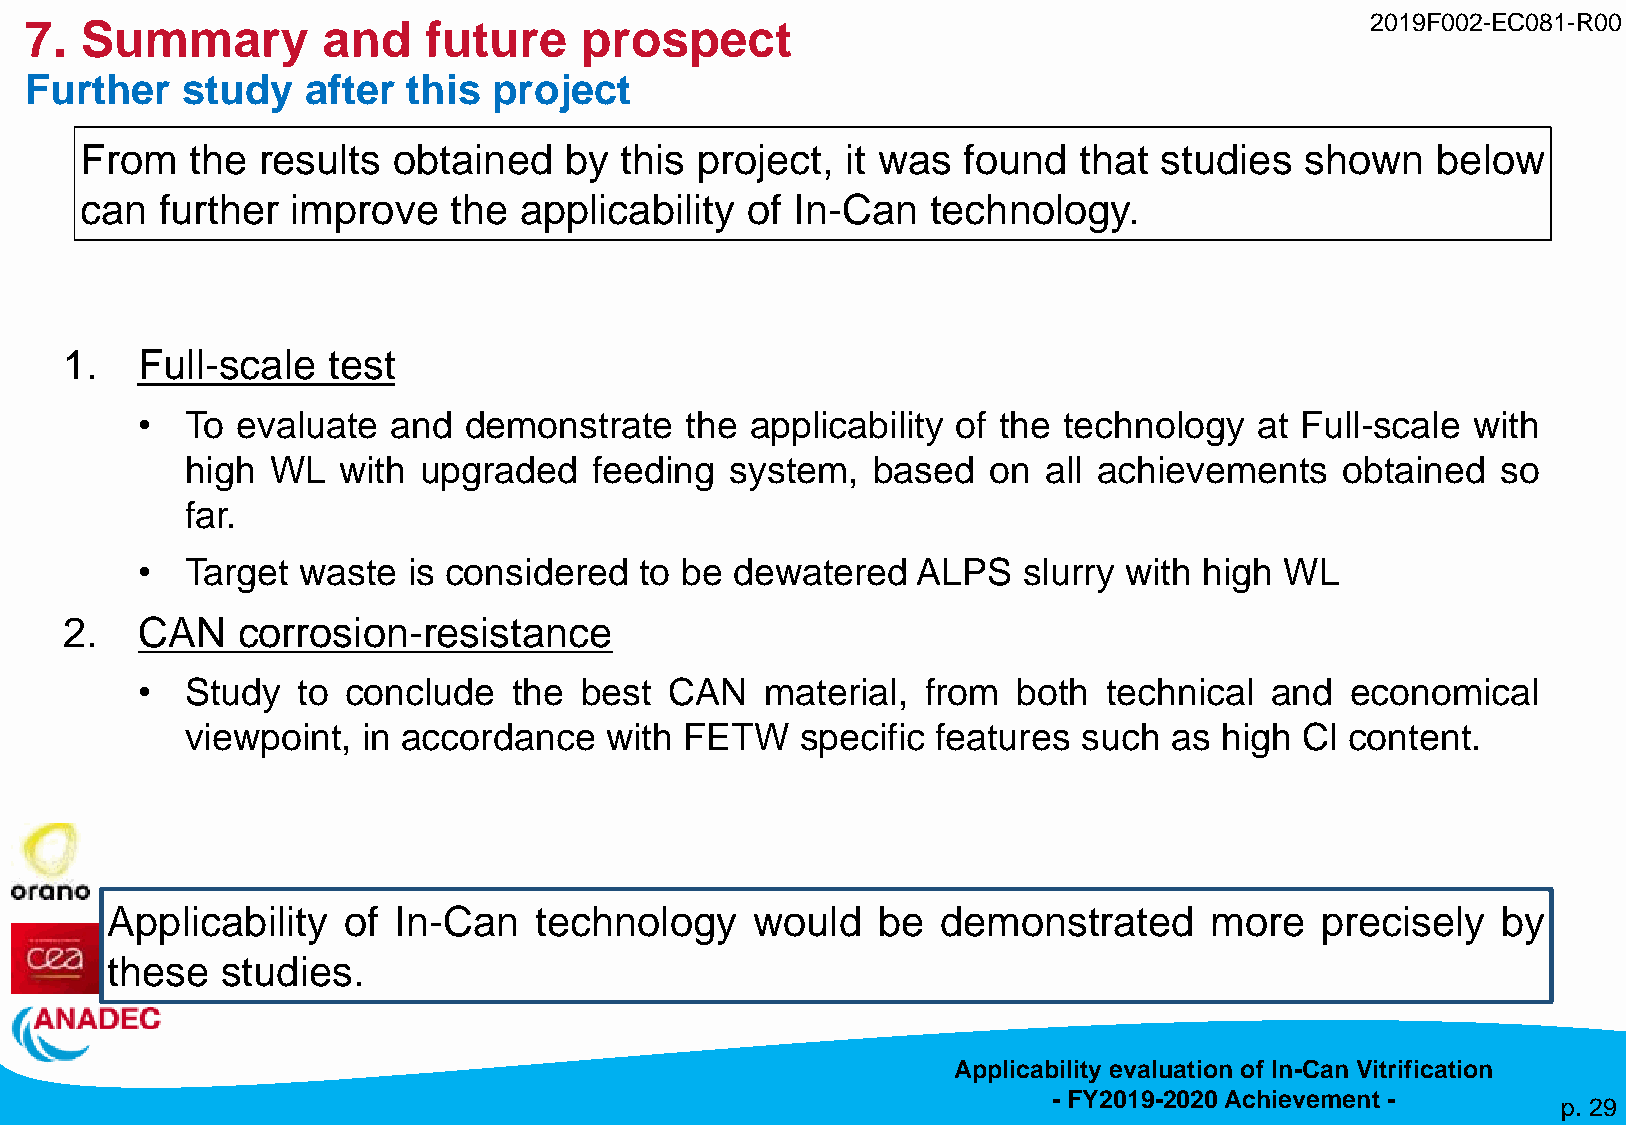
7. Summary         and    future    prospect                                             2019F002-EC081-R00
 Further   study   after  this  project
 From    the results  obtained   by  this project,  it was  found  that  studies  shown    below
 can   further improve    the applicability  of In-Can    technology.
 1.   Full-scale   test
 •  To  evaluate  and  demonstrate   the  applicability of the technology  at Full-scale with
 high  WL  with  upgraded   feeding  system,   based  on  all achievements    obtained  so
 far.
 •  Target  waste  is considered  to be dewatered    ALPS   slurry with high WL
 2.   CAN    corrosion-resistance
 •  Study   to conclude   the best  CAN    material, from  both  technical  and  economical
 viewpoint,  in accordance   with FETW    specific features  such as  high Cl content.
 Applicability   of In-Can   technology     would   be  demonstrated      more   precisely   by
 these   studies.
 Applicability evaluation of In-Can Vitrification
 - FY2019-2020 Achievement -
 p. 29